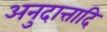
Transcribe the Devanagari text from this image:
अनुदात्तादि